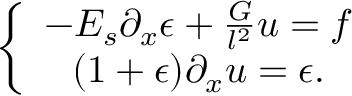
\left\lbrace \begin{array} { c } { - E _ { s } \partial _ { x } \epsilon + \frac { G } { l ^ { 2 } } u = f } \\ { ( 1 + \epsilon ) \partial _ { x } u = \epsilon . } \end{array} \right.